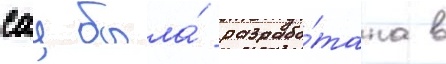
сау была́ разрабо́тана в